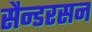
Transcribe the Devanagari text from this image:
सैन्डरसन